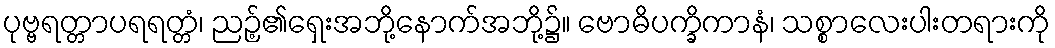
ပုဗ္ဗရတ္တာပရရတ္တံ၊ ညဉ့်၏ရှေးအဘို့နောက်အဘို့၌။ ဗောဓိပက္ခိကာနံ၊ သစ္စာလေးပါးတရားကို